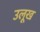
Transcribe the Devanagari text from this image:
उलूख